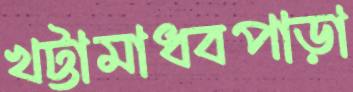
খট্টামাধবপাড়া